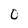
Character: D